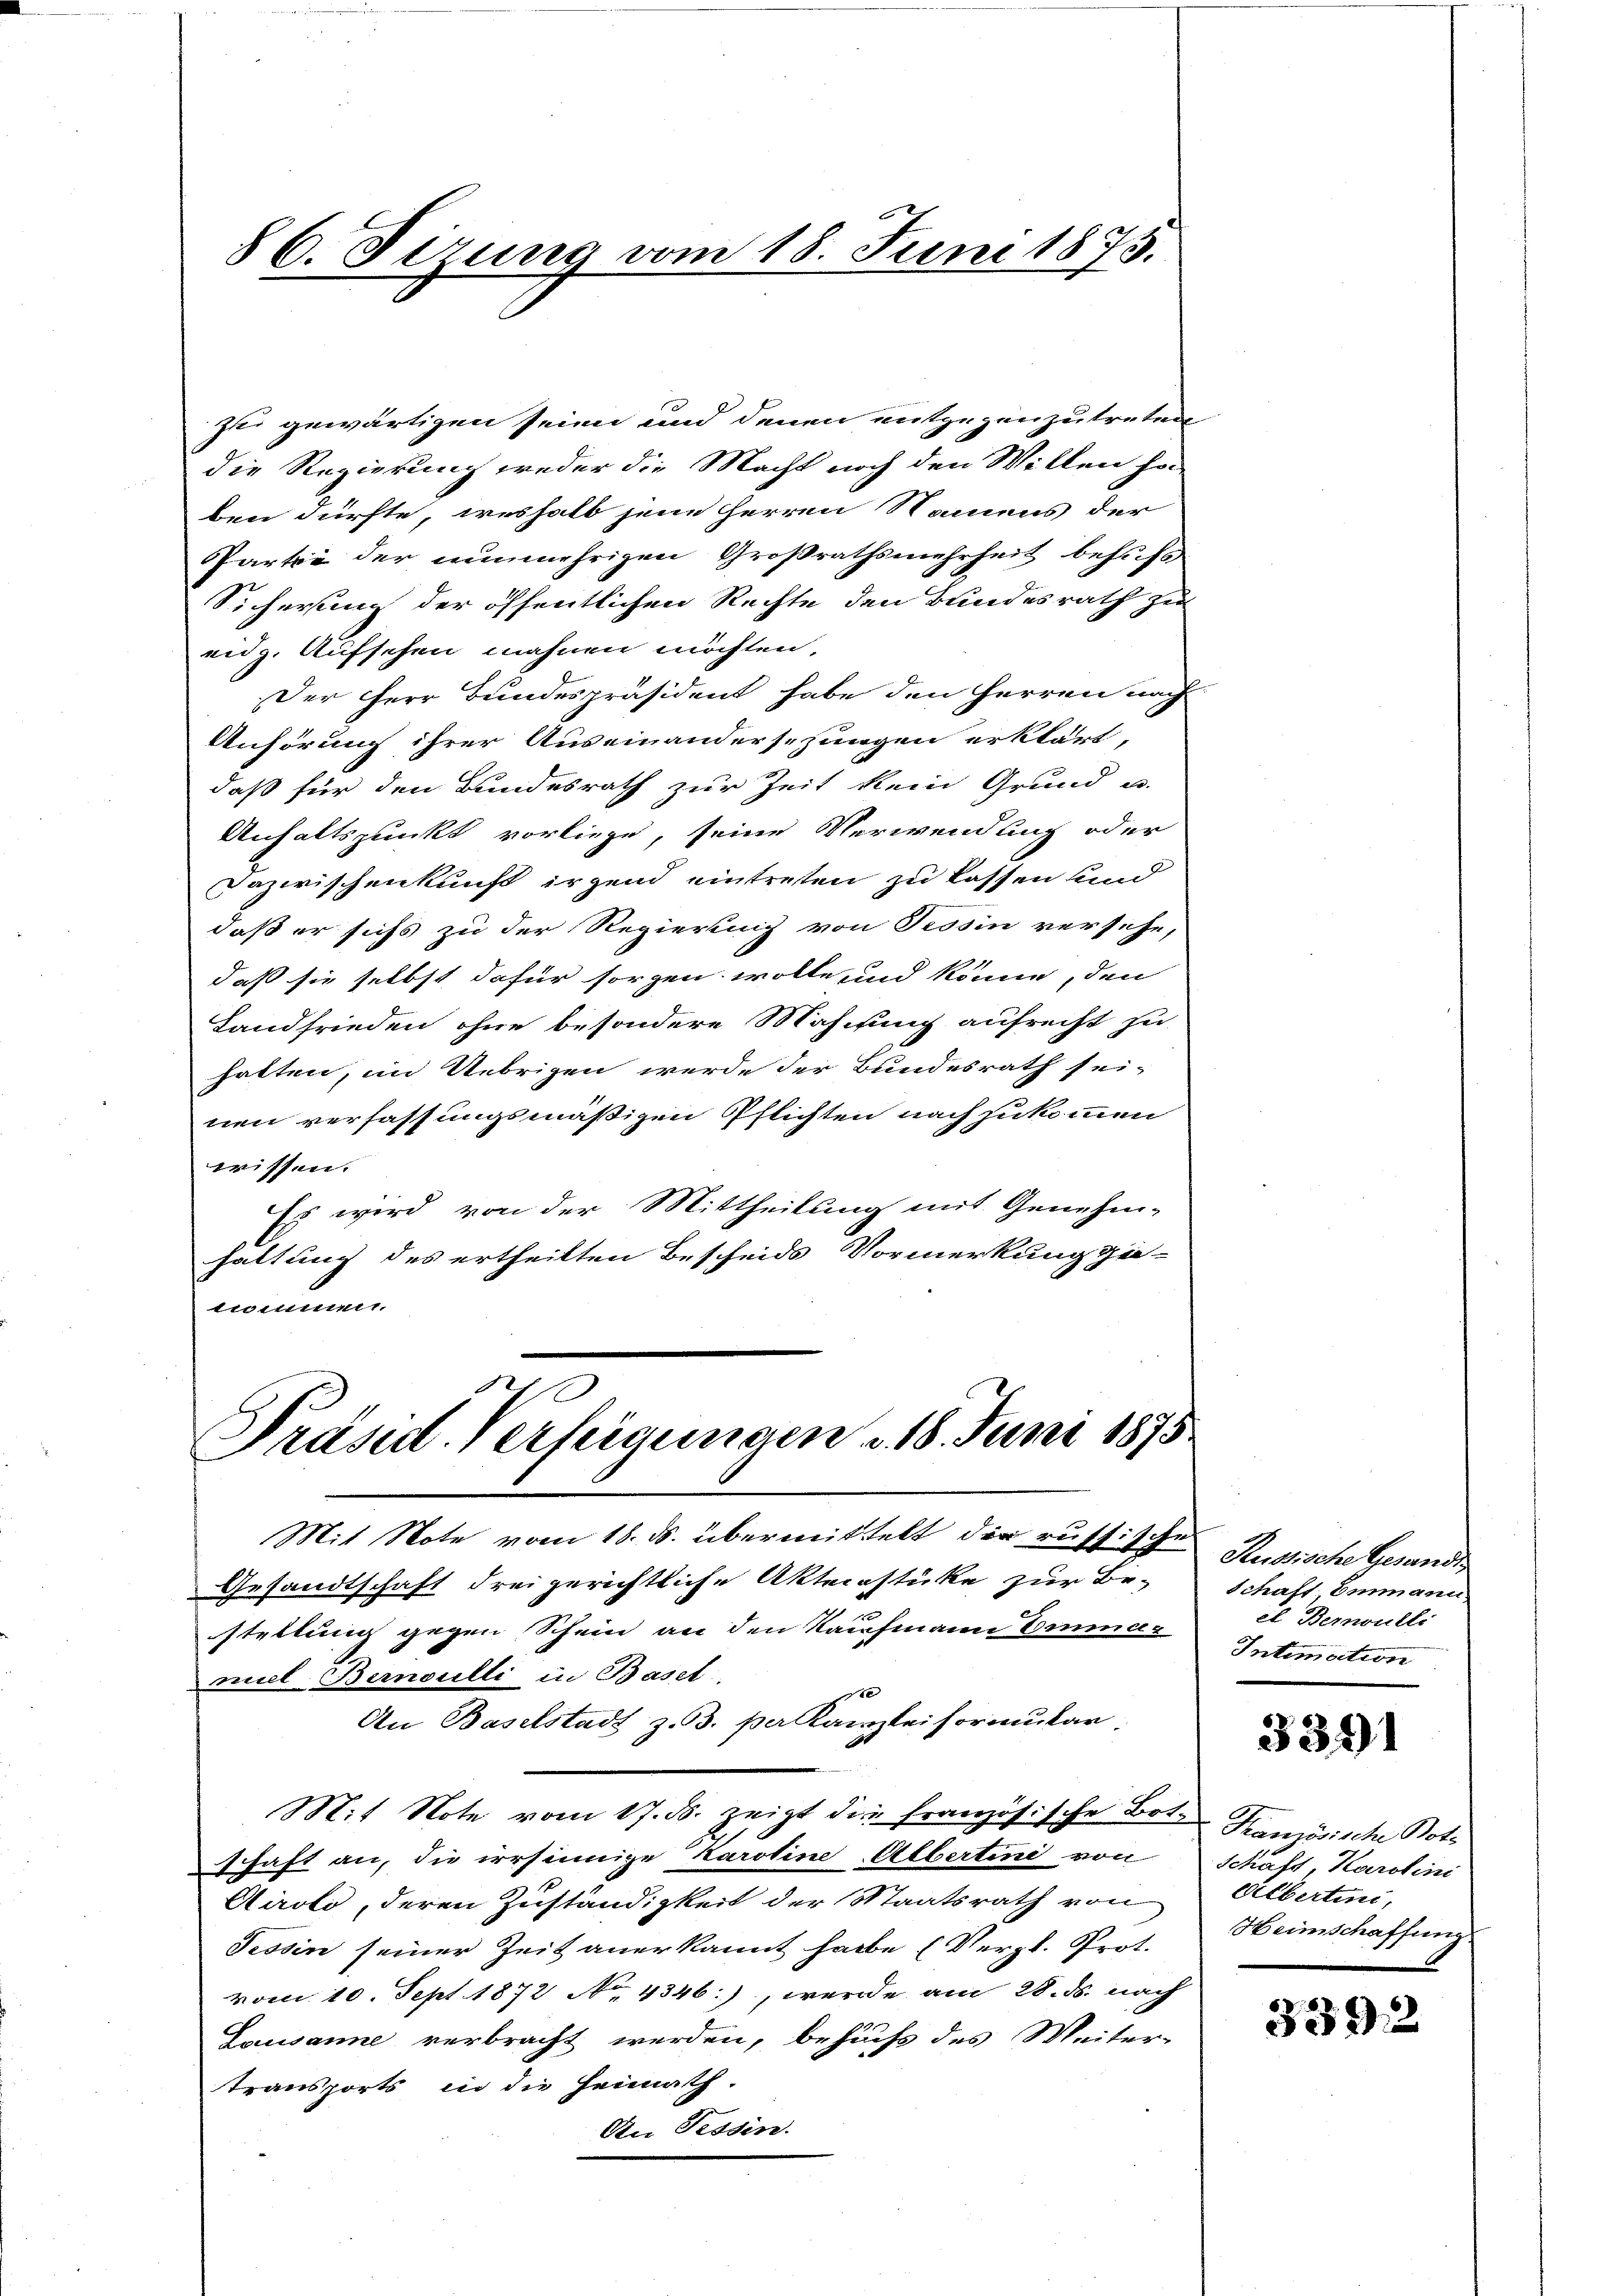
86. Sizung vom 18. Juni 1875.

zu gewärtigen seien und denen entgegenzutreten
die Regierung weder die Macht noch den Willen ha
ben dürfte, weshalb jene Herren Namens der
Partie der nunmehrigen Großrathsmehrheit behufs
Sicherung der öffentlichen Rechte den Bundesrath zu
eidg. Aufsehen mahnen möchten,
Der Herr Bundespräsident habe den Herren nach
Anhörung ihrer Auseinandersehungen erklärt,
daß für den Bundesrath zur Zeit kein Grund u.
Anhaltspunkt vorliege, seine Verwendung oder
Dazwischenkunft irgend eintreten zu kassen und
daß er sichs zu der Regierung von Tessin versehe,
daß sie selbst dafür sorgen wolle und könne, den
Landfrieden ohne besondere Maschung aufrecht zu
hatten, im Uebrigen werde der Bundesrath seinen verfassungsmäßigen Pflichten nach zukommen
wissen.
Es wird von der Mittheilung mit Genehm-
haltung des ertheilten Bescheids Vormerkung gie-
nommen.

Präsid. Verfeigungen v. 18. Juni 1875

Mit Note vom 16. ds. übermittelt der russische
Gesandtschaft drei gerichtliche Aktecastüke zur Be-
stellung gegen Schein an den Kaufmann Emmamiel Bernoulli in Basel.
0
An Baselstadt z. B. per Kanzlei formular
Mit Note vom 17. ds. zeigt die französische Bote Französische Bote
schaft an, die irrsinnige Karoline Alberten von
Airolo, deren Zuständigkeit der Staatsrath von
Tessin seiner Zeit anerkannt habe (Vergl. Prot.
vom 10. Sept. 1872 No. 4346), werde am 28. ds. nach
Lausanne verbracht werden, behufs des Weiter-
transports in die Heimath.
An Tessin.

Russische Gesandt,
Schaft Emmann
el Bernoulli
Intimation

3391

Schaft, Karolini
Albertini,
Heimschaffung

3392